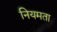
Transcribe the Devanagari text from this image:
नियमता